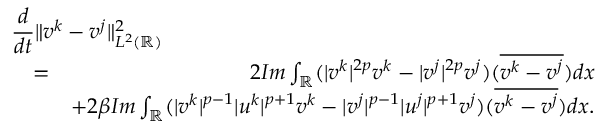
\begin{array} { r l r } { \lefteqn { \frac { d } { d t } \| v ^ { k } - v ^ { j } \| _ { L ^ { 2 } ( \mathbb { R } ) } ^ { 2 } } } \\ & { = } & { 2 I m \int _ { \mathbb { R } } ( | v ^ { k } | ^ { 2 p } v ^ { k } - | v ^ { j } | ^ { 2 p } v ^ { j } ) ( \overline { { v ^ { k } - v ^ { j } } } ) d x } \\ & { } & { + 2 \beta I m \int _ { \mathbb { R } } ( | v ^ { k } | ^ { p - 1 } | u ^ { k } | ^ { p + 1 } v ^ { k } - | v ^ { j } | ^ { p - 1 } | u ^ { j } | ^ { p + 1 } v ^ { j } ) ( \overline { { v ^ { k } - v ^ { j } } } ) d x . } \end{array}